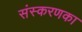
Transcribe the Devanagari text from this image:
संस्‍करणका